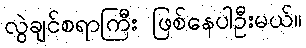
လွဲချင်စရာကြီး ဖြစ်နေပါဦးမယ်။